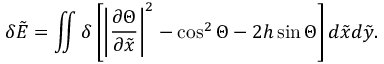
\delta \tilde { E } = \iint \delta \left[ \left| \frac { \partial \Theta } { \partial \tilde { x } } \right| ^ { 2 } - \cos ^ { 2 } \Theta - 2 h \sin \Theta \right] d \tilde { x } d \tilde { y } .